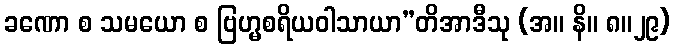
ခဏော စ သမယော စ ဗြဟ္မစရိယဝါသာယာ”တိအာဒီသု (အ။ နိ။ ၈။၂၉)